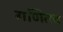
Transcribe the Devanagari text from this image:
गणितच